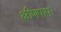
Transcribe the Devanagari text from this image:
क्षीणपापः